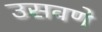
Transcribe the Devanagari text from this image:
उसवणे